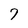
Character: 7